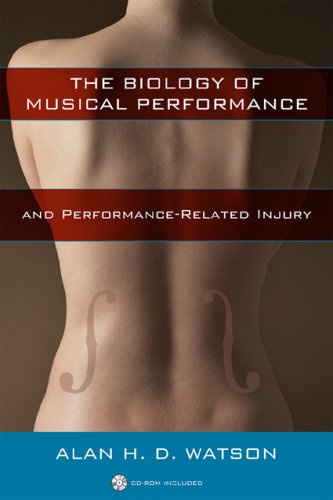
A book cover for The Biology of Musical Performance and Performance-Related Injury; Alan H. D. Watson; Health, Fitness & Dieting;